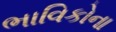
ભાવિકોના